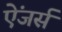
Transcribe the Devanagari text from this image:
ऐंजर्स